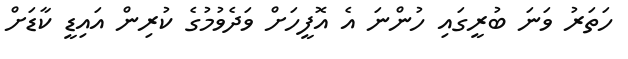
ހަތަރު ވަނަ ބުރީގައި ހުންނަ އެ އޮފީހަށް ވަދެވުމުގެ ކުރިން އައިޑީ ކާޑަށް